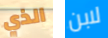
الذي لابن